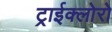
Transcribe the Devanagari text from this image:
ट्राईक्लोरो